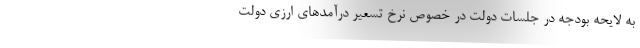
به لایحه بودجه در جلسات دولت در خصوص نرخ تسعیر درآمدهای ارزی دولت